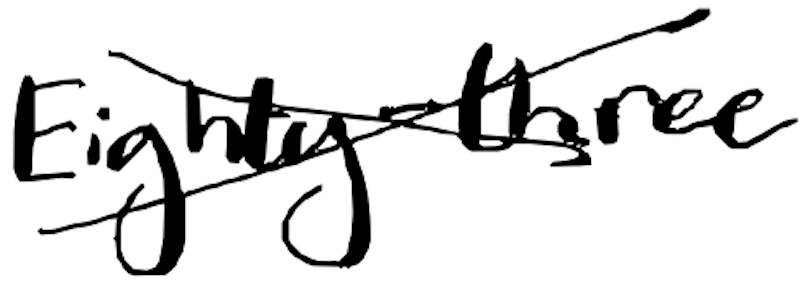
Text: Eighty-three
Cross-out: cross
Writing tool: digital_black